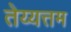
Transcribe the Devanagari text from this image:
तेय्यत्तम